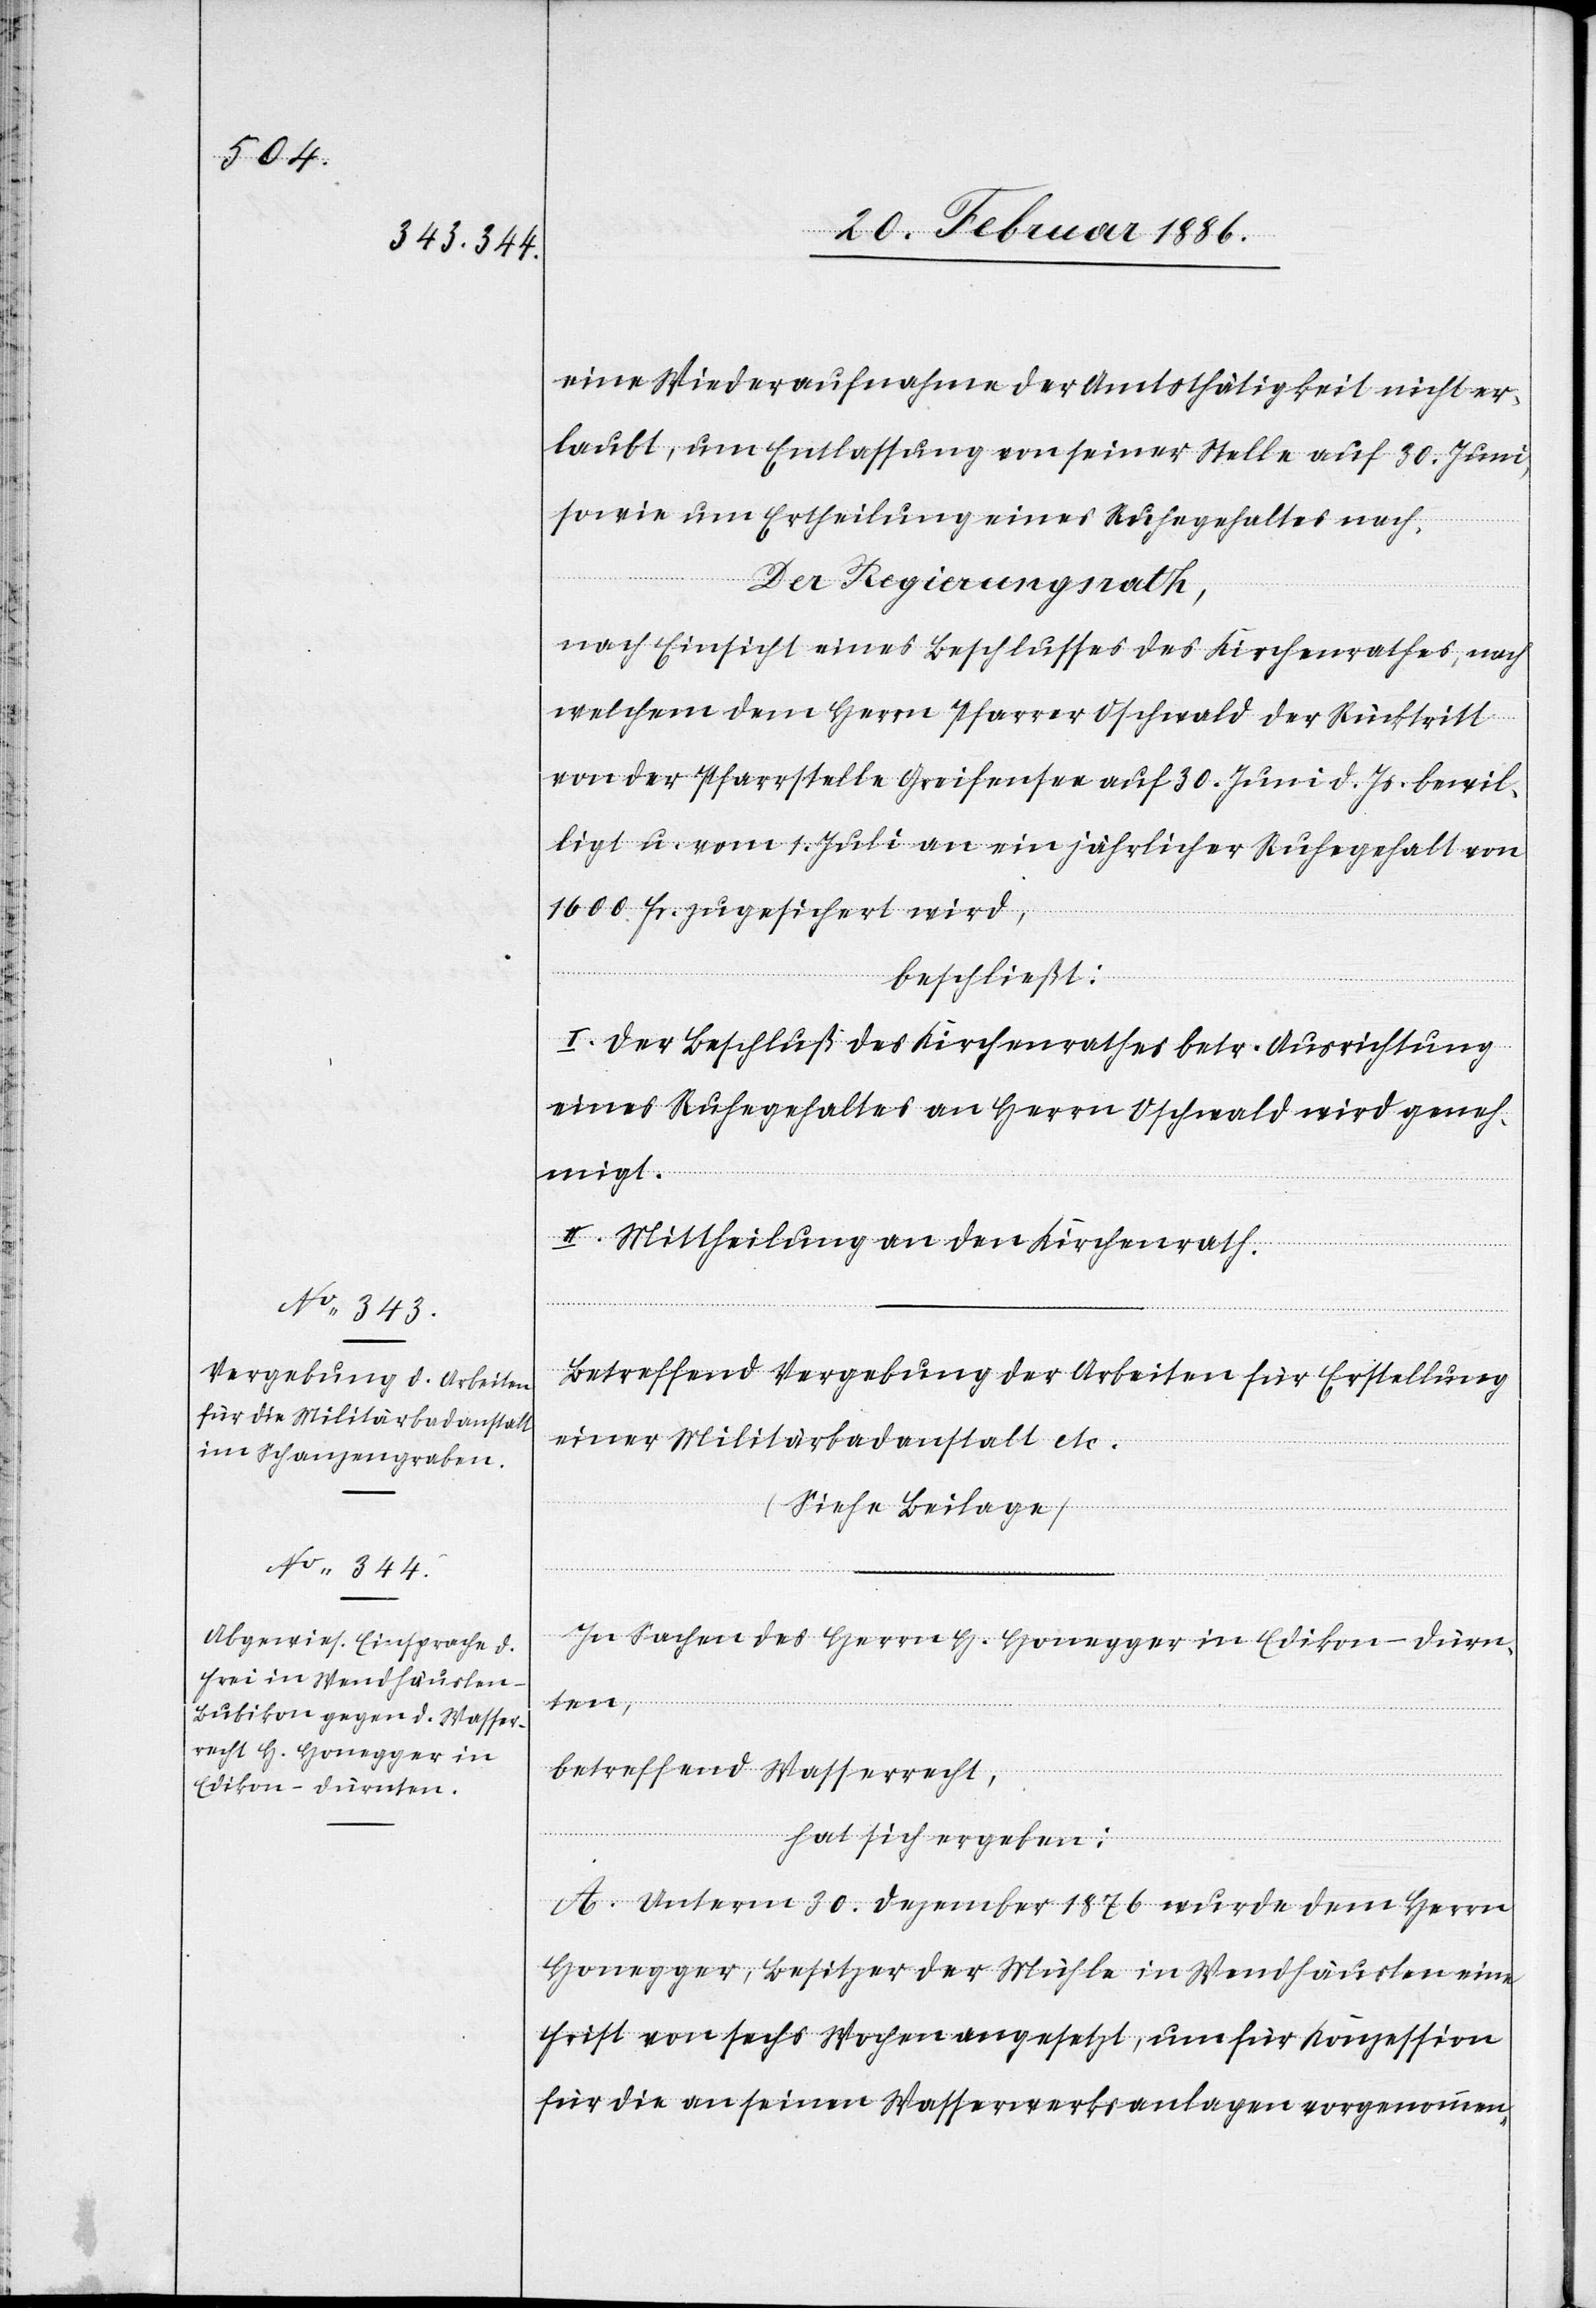
eine Wiederaufnahme der Amtstätigkeit nicht er¬
laubt, um Entlassung von seiner Stelle auf 30. Juni,
sowie um Ertheilung eines Ruhegehaltes nach.
Der Regierungsrath,
nach Einsicht eines Beschlusses des Kirchenrathes, nach
welchem dem Herrn Pfarrer Oschwald der Rücktritt
von der Pfarrstelle Greifensee auf 30. Juni d. Js. bewil¬
ligt u. vom 1. Juli an ein jährliches Ruhegehalt von
1600 Fr. zugesichert wird,
beschließt:
I. Der Beschluß des Kirchenrathes betr. Ausrichtung
eines Ruhegehaltes an Herrn Oschwald wird geneh¬
migt.
II. Mittheilung an den Kirchenrath.
In Sachen des Herrn H. Honegger in Edikon - Dürn¬
ten,
betreffend Wasserrecht,
hat sich ergeben:
A. Unterm 30. Dezember 1876 wurde dem Herrn
Honegger, Besitzer der Mühle in Wendhäuslen eine
Frist von sechs Wochen angesetzt, um für Konzession
für die an seinen Wasserwerksanlagen vorgenommen-